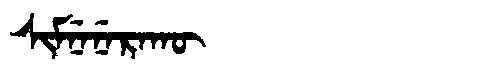
Manchu: ᠰᡳᠮᠨᡝᠨᡝᡵᠠᡴᡡ
Romanization: SIMNENERAKŪ